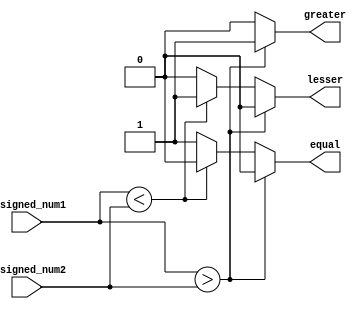
module unsigned_comparator (
    input [31:0] unsigned_num1, 
    input [31:0] unsigned_num2, 
    output reg greater, 
    output reg lesser, 
    output reg equal
);

always @* begin
    if (unsigned_num1 > unsigned_num2) begin
        greater = 1;
        lesser = 0;
        equal = 0;
    end else if (unsigned_num1 < unsigned_num2) begin
        greater = 0;
        lesser = 1;
        equal = 0;
    end else begin
        greater = 0;
        lesser = 0;
        equal = 1;
    end
end

endmodule